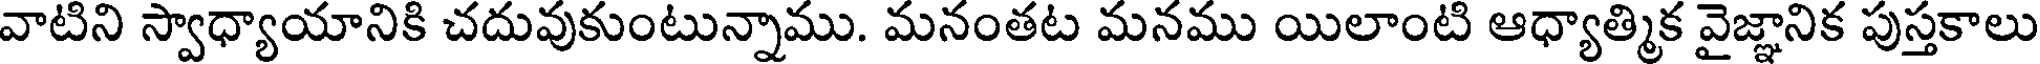
వాటిని స్వాధ్యాయానికి చదువుకుంటున్నాము. మనంతట మనము యిలాంటి ఆధ్యాత్మిక వైజ్ఞానిక పుస్తకాలు